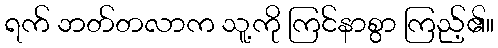
ရက် ဘတ်တလာက သူ့ကို ကြင်နာစွာ ကြည့်၏။